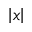
\left| x \right|